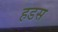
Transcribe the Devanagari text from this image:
हडस